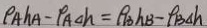
\rho _ { A } h A - P _ { A \Delta } h = \rho _ { B } h B - \rho _ { B \Delta h }